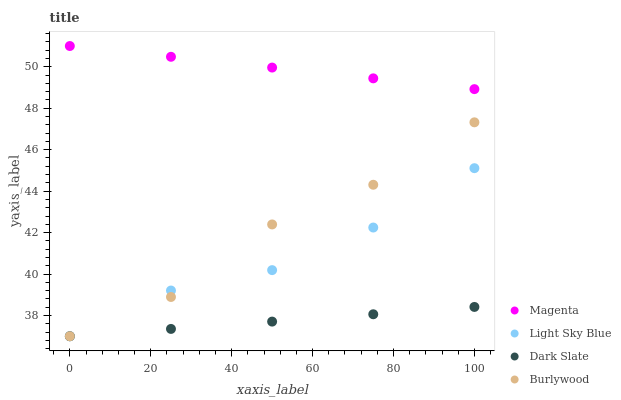
| xaxis_label | Magenta | Light Sky Blue | Dark Slate | Burlywood |
 | --- | --- | --- | --- | --- |
 | 0 | 51 | 37 | 37 | 37 |
 | 25 | 50.5 | 39.2 | 37.4 | 38.9 |
 | 50 | 50 | 40.2 | 37.7 | 42.4 |
 | 75 | 49.4 | 42.2 | 38.1 | 44.3 |
 | 100 | 48.9 | 45.1 | 38.4 | 47.3 |